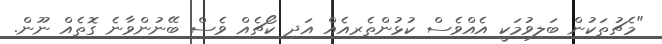
"މެޗުތަކުން ބަލިވުމަކީ އެއްވެސް ކުޅުންތެރިއެއް އަދި ކޯޗެއް ވެސް ބޭނުންވާނެ ގޮތެއް ނޫން.